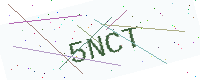
Text: 5NCT